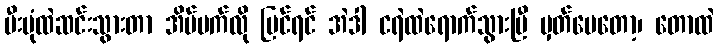
မီးပုံထဲဆင်းသွားတာ အိပ်မက်လို မြင်ရင် အဲဒါ ငရဲထဲရောက်သွားပြီ မှတ်ပေတော့၊ တောထဲ